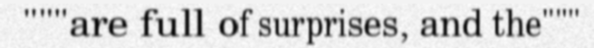
"""are full of surprises, and the"""